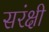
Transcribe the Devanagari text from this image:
सरंक्षी